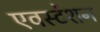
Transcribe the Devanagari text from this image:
एवस्टेंशन